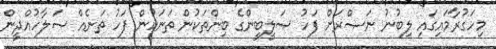
މިހަގުރާމައިގައި ލިބުނު ނަޞްރަށް ފަހު ޞަލީބީންގެ ބިންތަކުން ތަނަކުން ފަހު ތަނެއް ޞަލާހުއްދީން